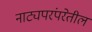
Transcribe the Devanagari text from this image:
नाट्यपरंपरेतील